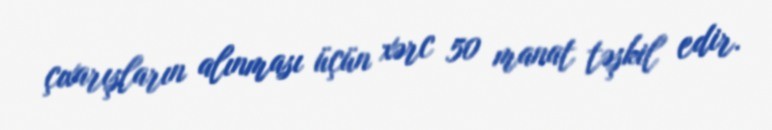
çıxarışların alınması üçün xərc 50 manat təşkil edir.